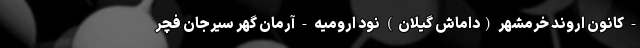
- کانون اروند خرمشهر (داماش گیلان) نود ارومیه - آرمان گهر سیرجان فچر